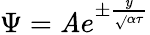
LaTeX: \Psi=\mathit{A}e^{\pm\frac{{y}}{{\sqrt{}{{\alpha\tau}}}}}